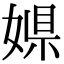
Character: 𡟠